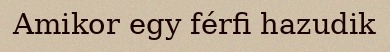
Amikor egy férfi hazudik